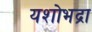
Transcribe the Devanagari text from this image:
यशोभद्रा